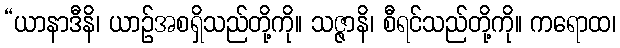
“ယာနာဒီနိ၊ ယာဉ်အစရှိသည်တို့ကို။ သဇ္ဇာနိ၊ စီရင်သည်တို့ကို။ ကရောထ၊